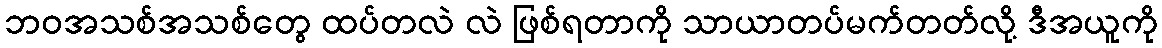
ဘဝအသစ်အသစ်တွေ ထပ်တလဲ လဲ ဖြစ်ရတာကို သာယာတပ်မက်တတ်လို့ ဒီအယူကို